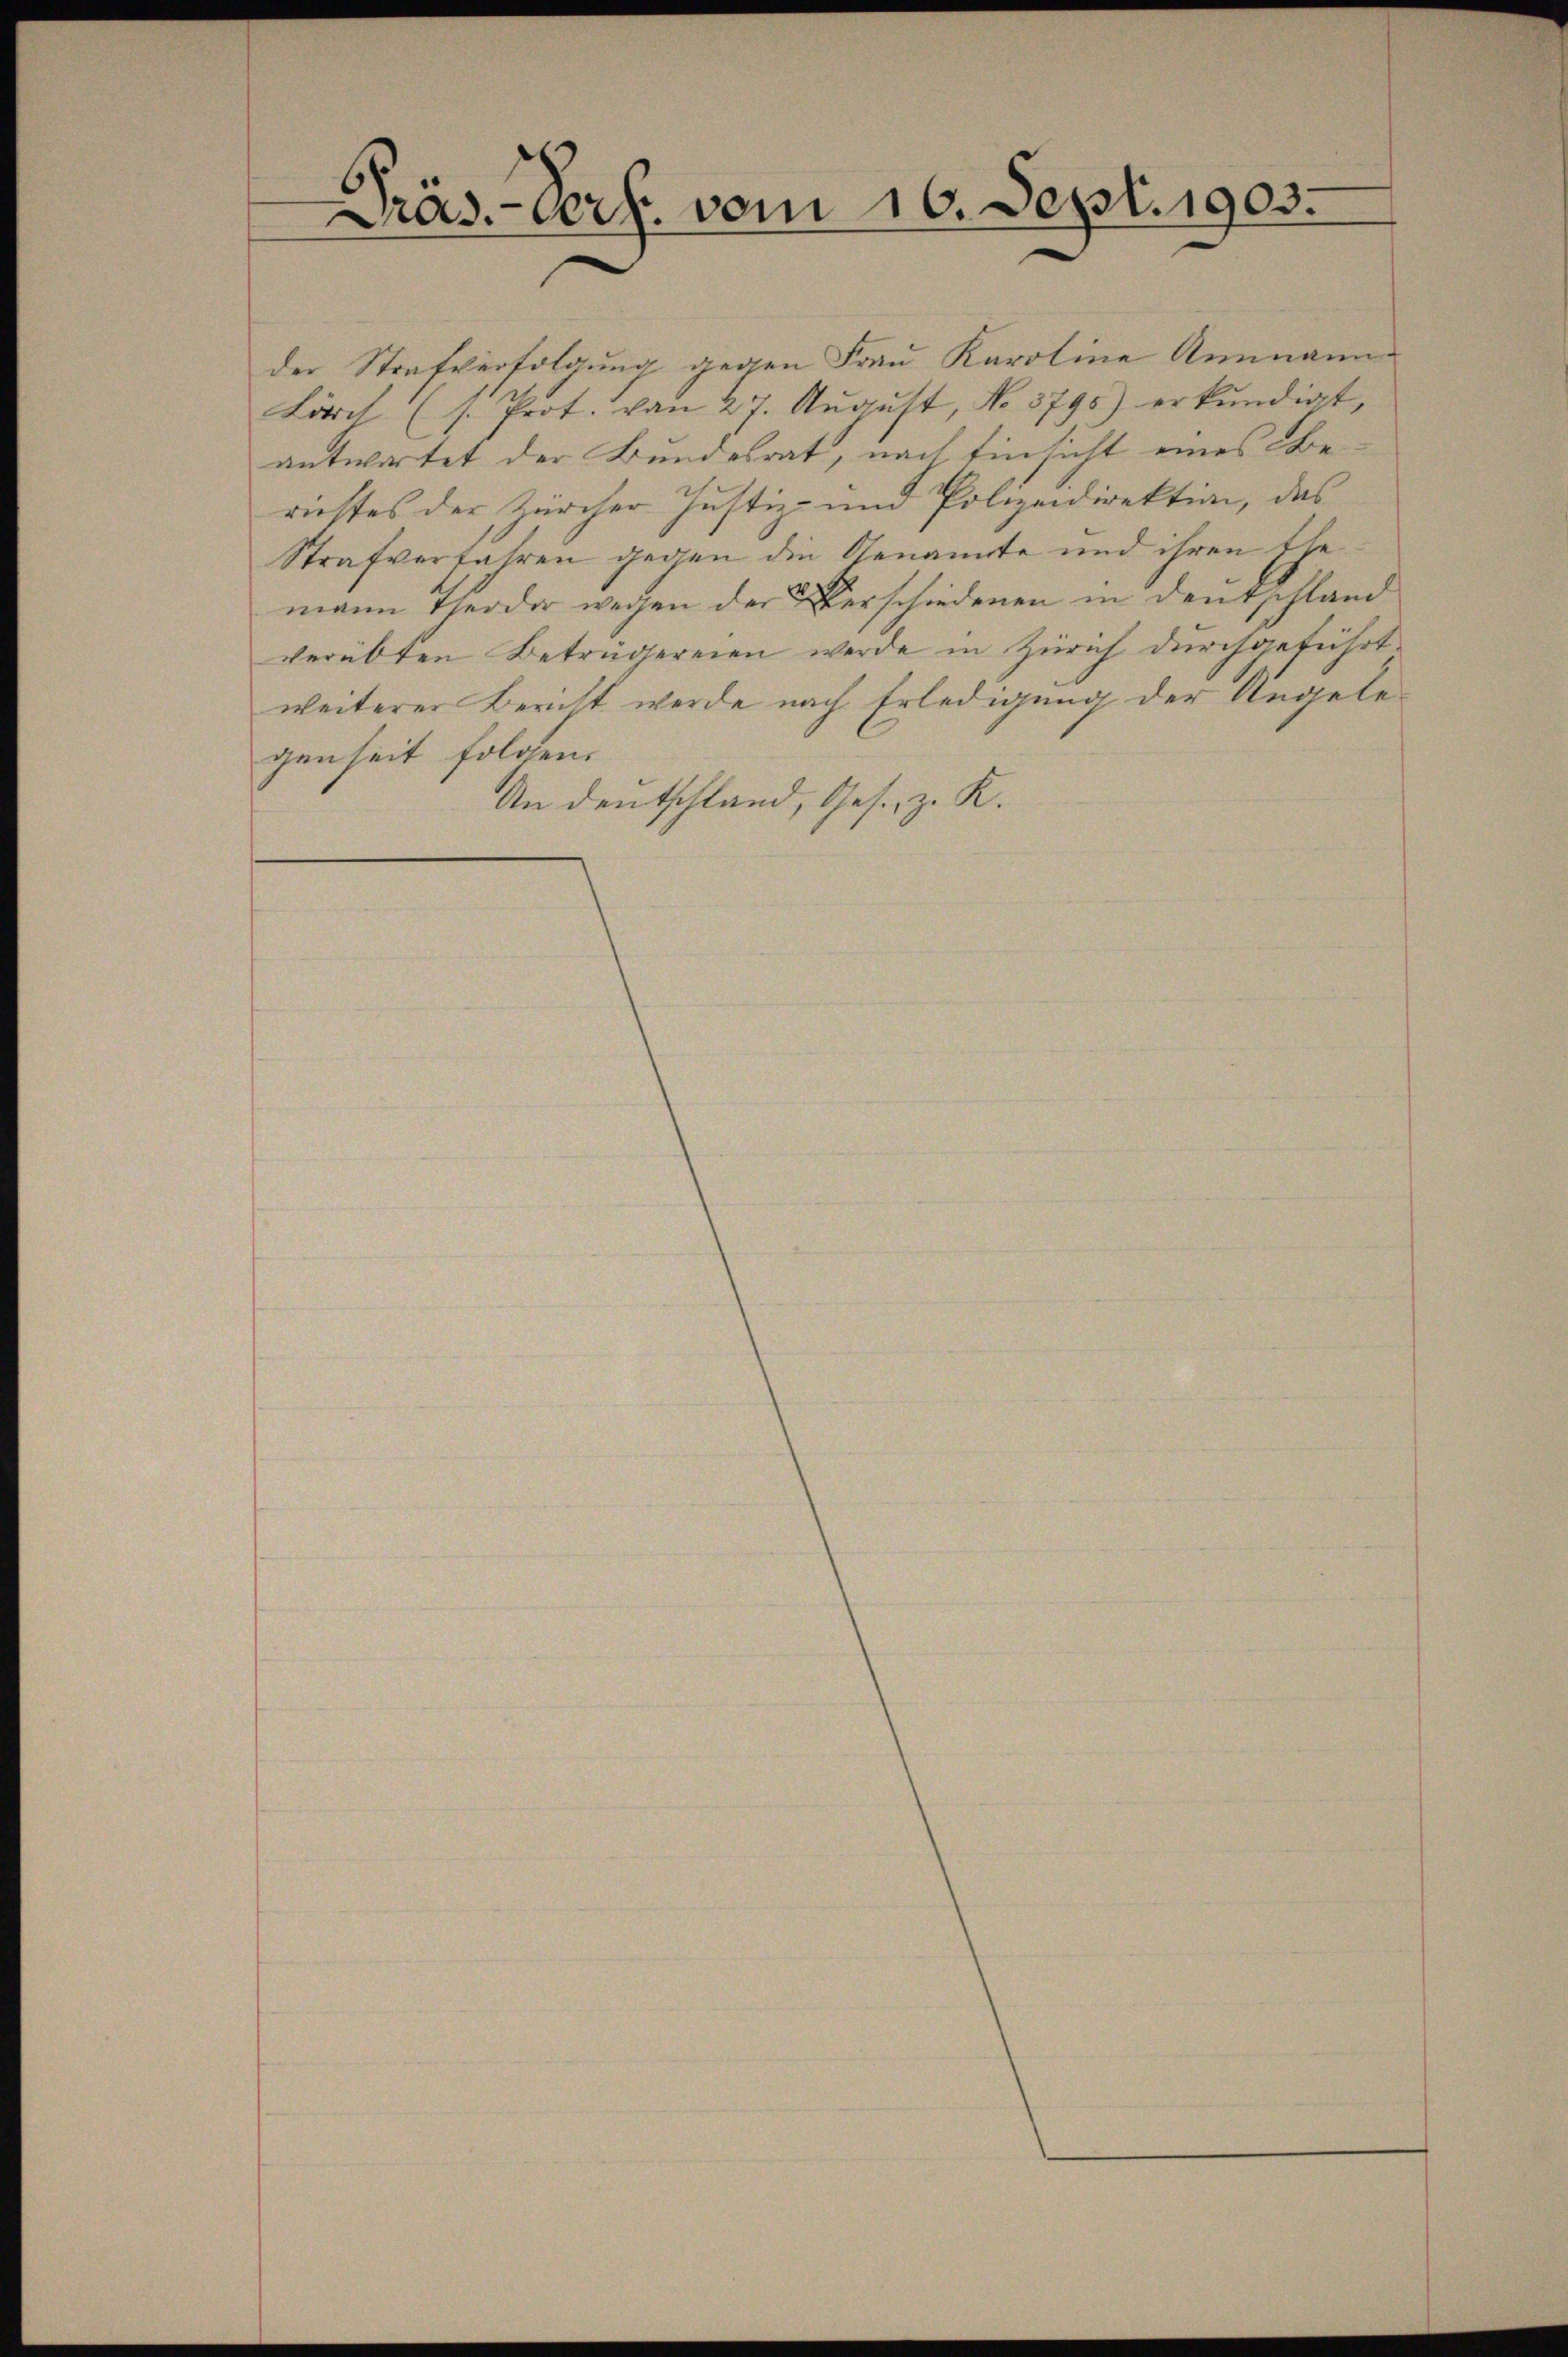
Präs. - Verf. vom 16. Sept. 1903.

der Strafverfolgung gegen Frau Karoline Anmann
Lört (s. Prot. von 27. Aŭgŭst, No. 3790) erkŭndigt,
antwortet der Bundesrat, nach Einsicht eines Berustes der Zürcher Justiz- und Polizeidirektion, das
Strafverfahren gegen die Genannte und ihren Ehe
mann Theodor wegen der Verschiedenen in Deutschland
verübten Betrügereien werde in Zürich durchgeführt
weiterer Bericht werde nach Erledigung der Angelegenheit folgen.
An Deutschland, Ges. z. K.